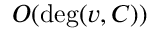
O ( \deg ( v , C ) )